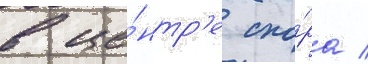
в це́нтр'е спо́ра /